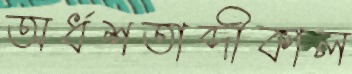
অর্ধশতাব্দীকাল